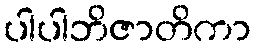
ပါပါဘိဇာတိကာ